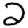
Digit: 2